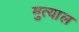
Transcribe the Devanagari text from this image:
मुत्याल